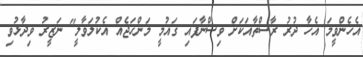
އެހެންވީމަ އެހާ ދުރު ރާސްތާއަކަށް ވިސްނާފައި ގައުމީ މަންހަޖެއް އެކުލަވާލީ" ނަޒީރު ވިދާޅުވި